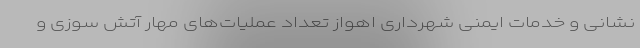
نشانی و خدمات ایمنی شهرداری اهواز تعداد عملیات‌های مهار آتش سوزی و